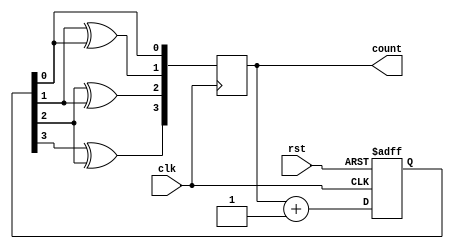
module gray_counter(
    input wire clk,
    input wire rst,
    output reg [3:0] count
);

reg [3:0] next_count;

always @(posedge clk or posedge rst) begin
    if (rst) begin
        next_count <= 4'b0000;
    end else begin
        next_count <= count + 1;
    end
end

always @(posedge clk) begin
    count <= {next_count[3] ^ next_count[2], next_count[2] ^ next_count[1], next_count[1] ^ next_count[0], next_count[0]};
end

endmodule